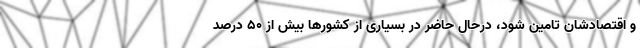
و اقتصادشان تامین شود، درحال حاضر در بسیاری از کشورها بیش از ۵۰ درصد